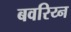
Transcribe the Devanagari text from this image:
बवरिय्न